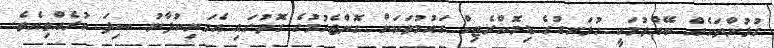
ގުޅުންތަކެއް ބޭއްވުމަކީ ހުޅަނގުގެ ޑިމޮކްރެޓިކް ގައުމުތަކަށް ގޮންޖެހުމުގެ ގޮތުގައި އެމަނިކުފާނު ސިފަ ކުރެއްވިއެވެ.